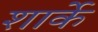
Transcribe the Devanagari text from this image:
शार्के